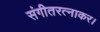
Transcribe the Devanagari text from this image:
संगीतरत्नाकर।